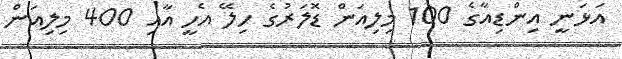
އަޅަނީ އިންޑިއާގެ 100 މިލިއަން ޑޮލަރުގެ ހިލޭ އެހީ އާއި 400 މިލިއަން